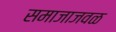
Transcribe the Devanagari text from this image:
समाजाजवळ